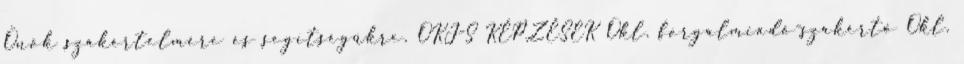
Önök szakértelmére és segítségükre. OKJ-S KÉPZÉSEK Okl. forgalmiadó-szakértő Okl.